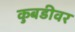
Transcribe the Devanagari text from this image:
कुबडीवर